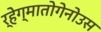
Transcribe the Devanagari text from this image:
र्हेग्मातोगेनोउस